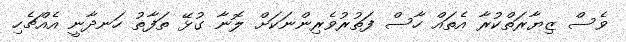
ވެސް ޒިޔާރަތްކުރާ އެތައް ހާސް ފަތުރުވެރިންނަކަށް ލޮނާ ގުޅޭ ތަފާތު ހަނދާނީ އެއްޗެހި